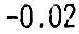
-0.02